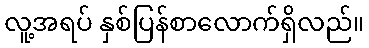
လူ့အရပ် နှစ်ပြန်စာလောက်ရှိလည်။